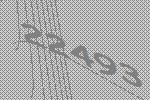
22493